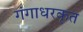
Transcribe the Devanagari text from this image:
गंगाधरकृत